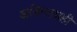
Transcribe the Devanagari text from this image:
अश्विनलाही